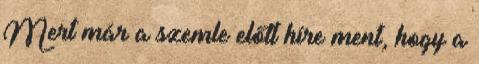
Mert már a szemle előtt híre ment, hogy a